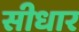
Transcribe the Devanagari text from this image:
सीधार